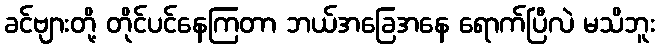
ခင်ဗျားတို့ တိုင်ပင်နေကြတာ ဘယ်အခြေအနေ ရောက်ပြီလဲ မသိဘူး